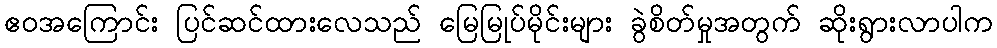
ဧဝအကြောင်း ပြင်ဆင်ထားလေသည် မြေမြုပ်မိုင်းများ ခွဲစိတ်မှုအတွက် ဆိုးရွားလာပါက